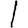
Digit: 1